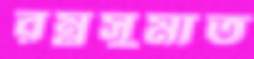
রম্নসুমাত